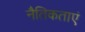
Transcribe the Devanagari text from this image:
नैतिकताएं